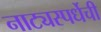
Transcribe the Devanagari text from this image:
नाट्यस्पर्धेची